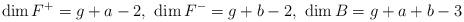
LaTeX: \begin{align*}\dim F^+=g+a-2, \ \dim F^-=g+b-2, \ \dim B=g+a+b-3\end{align*}